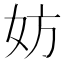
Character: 妨